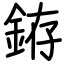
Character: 銌